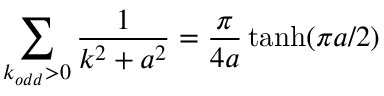
\sum _ { k _ { o d d } > 0 } \frac { 1 } { k ^ { 2 } + a ^ { 2 } } = \frac { \pi } { 4 a } \operatorname { t a n h } ( \pi a / 2 )